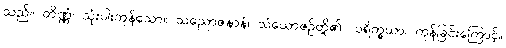
သည်။ တိဏ္ဏံ၊ သုံးပါးကုန်သော။ သညောဇနာနံ၊ သံယောဇဉ်တို့၏။ ပရိက္ခယာ၊ ကုန်ခြင်းကြောင့်။